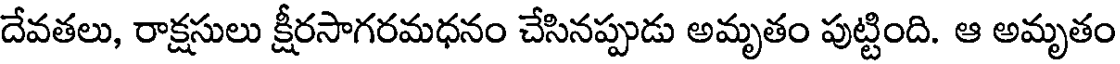
దేవతలు, రాక్షసులు క్షీరసాగరమధనం చేసినప్పుడు అమృతం పుట్టింది. ఆ అమృతం